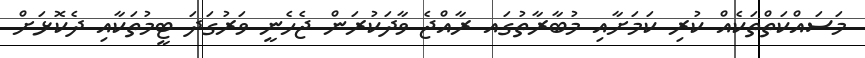
މަސައްކަތްތަކެއް ކުރި ކަމަށާއި މުބާރާތުގައ ރާއްޖެ ވާދަކުރަން ޖެހެނީ ވަރުގަދަ ޓީމުތަކާއި ދެކޮޅަށް